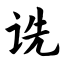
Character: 诜